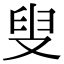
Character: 叟